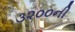
૩૨૦૦ની